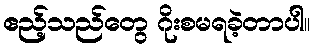
ဧည့်သည်တွေ ဂိုးစမရခဲ့တာပါ။